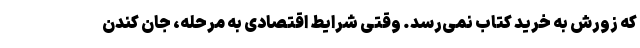
که زورش به خرید کتاب نمی‌رسد. وقتی شرایط اقتصادی به مرحله، جان کندن